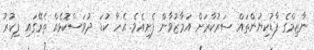
ނާޒިމްގެ ފާޑުކިޔުންތައް ސަރުކާރަށް އަމާޒުވާން ފެށިއެވެ. އެހާ ކުޑަ ދުވަސްކޮޅެއް ތެރޭގައި ފިކުރު